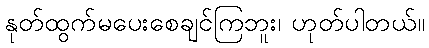
နုတ်ထွက်မပေးစေချင်ကြဘူး၊ ဟုတ်ပါတယ်။